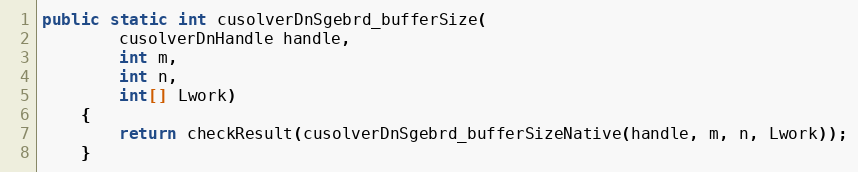
Language: Java
public static int cusolverDnSgebrd_bufferSize(
        cusolverDnHandle handle,
        int m,
        int n,
        int[] Lwork)
    {
        return checkResult(cusolverDnSgebrd_bufferSizeNative(handle, m, n, Lwork));
    }